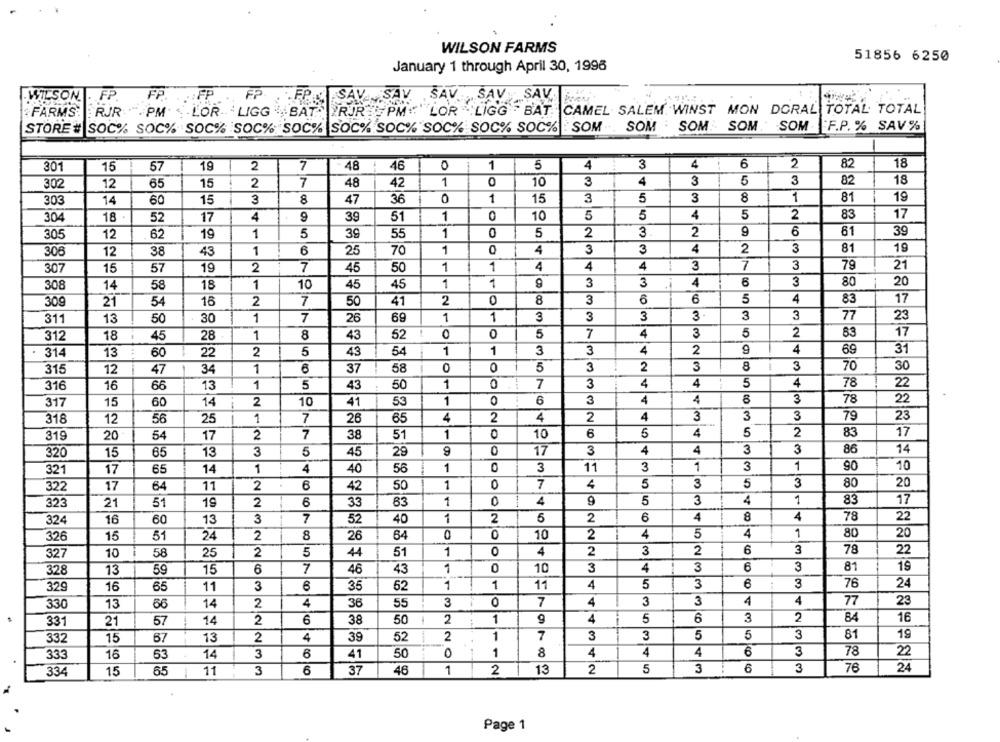
WILSON FARMS
51856 6250
January 1 through April 30, 1996
WILSON. . FP.
FP. . FP
. . FPN
SAV. SAV.
. SAV SAV SAV.
FARMS: RJR PM LOR.LIGG SAT RJR PM""LOR LIGG BAT
CAMEL SALEM WINST MON DORAL TOTAL TOTAL
STORE # SOC% SOC% SOC% SOC% SOC% SOC% SOC% SOC% SOC% SOC% . SOM .. SOM . SOM. SOM
SOM. F.P. % SAV %
4
6
2
18
301
15
57
19
2
7
48
46
0
-
1
5
4
3
82
18
302
12
65
15
2
7
48
42
1
10
3
4
3
5
3
82
303
14
60
15
3
8
47
36
0
1
15
3
5
3
8
1
81
19
0
10
5
5
4
5
2
83
17
304
18
52
17
4
9
39
51
1
6
39
305
12
62
19
1
5
39
55
1
0
5
2
3
2
9
61
308
12
38
43
1
6
25
70
1
4
3
3
4
2
3
81
19
2
7
45
50
1
1
4
4
4
-
3
7
3
79
21
307
15
57
19
1
3
3
4
6
3
80
20
308
14
58
18
1
10
45
45
1
309
21
54
16
2
7
50
41
2
0
8
3
6
6
5
4
83
17
311
13
50
30
1
7
26
69
1
1
3
3
3
3
3
3
77
23
t
0
5
7
4
3
5
2
63
17
312
18
45
28
1
8
43
52
9
4
69
314
13
60
22
2
5
43
54
1
1
3
3
4
2
31
315
12
47
34
1
37
58
0
0
5
3
2
3
8
3
70
30
16
66
1
5
43
50
1
0
7
3
4
4
5
4
78
22
316
13
10
1
0
6
3
4
4
CO
3
78
22
317
15
60
14
2
41
53
3
3
3
79
23
318
12
56
25
1
7
26
65
4
2
4
2
4
319
20
54
17
2
7
38
51
1
10
6
5
4
5
2
83
17
320
13
3
5
45
28
0
17
3
4
4
3
3
86
14
15
65
1
1
3
11
3
1
3
1
90
10
321
17
65
14
4
40
56
3
5
3
20
322
17
64
11
2
6
42
50
1
0
7
4
5
80
323
21
51
19
2
6
33
63
1
0
4
5
3
4
1
83
17
16
60
3
7
52
40
1
2
5
2
6
4
8
4
78
22
324
13
0
0
10
2
4
5
4
1
80
20
326
15
51
24
2
8
26
64
4
2
6
3
78
327
10
58
25
2
5
44
51
1
0
2
3
22
328
13
59
15
6
7
46
43
1
O
10
3
4
3
6
3
81
19
329
3
35
52
1
1
11
4
5
3
6
3
76
24
16
65
11
3
0
4
3
3
4
4
77
23
330
13
66
14
2
4
36
55
7
331
21
57
14
2
6
38
50
2
1
9
4
5
6
3
2
84
16
332
15
67
13
2
4
39
52
2
1
7
3
3
5
5
3
81
19
3
6
41
50
0
1
8
4
4
4
6
3
78
22
333
16
63
14
6
3
76
24
334
15
65
11
3
6
37
48
1
2
13
2
5
3
Page 1